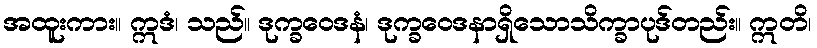
အထူးကား။ ဣဒံ၊ သည်။ ဒုက္ခဝေဒနံ၊ ဒုက္ခဝေဒနာရှိသောသိက္ခာပုဒ်တည်း။ ဣတိ၊